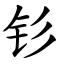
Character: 钐